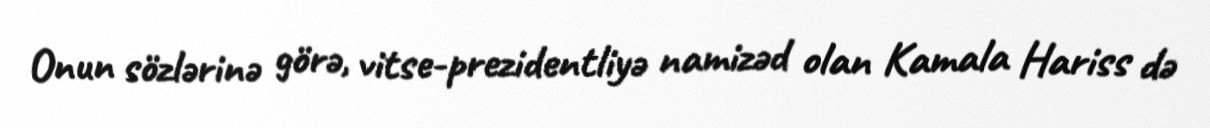
Onun sözlərinə görə, vitse-prezidentliyə namizəd olan Kamala Hariss də